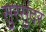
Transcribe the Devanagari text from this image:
सुरसुंदर